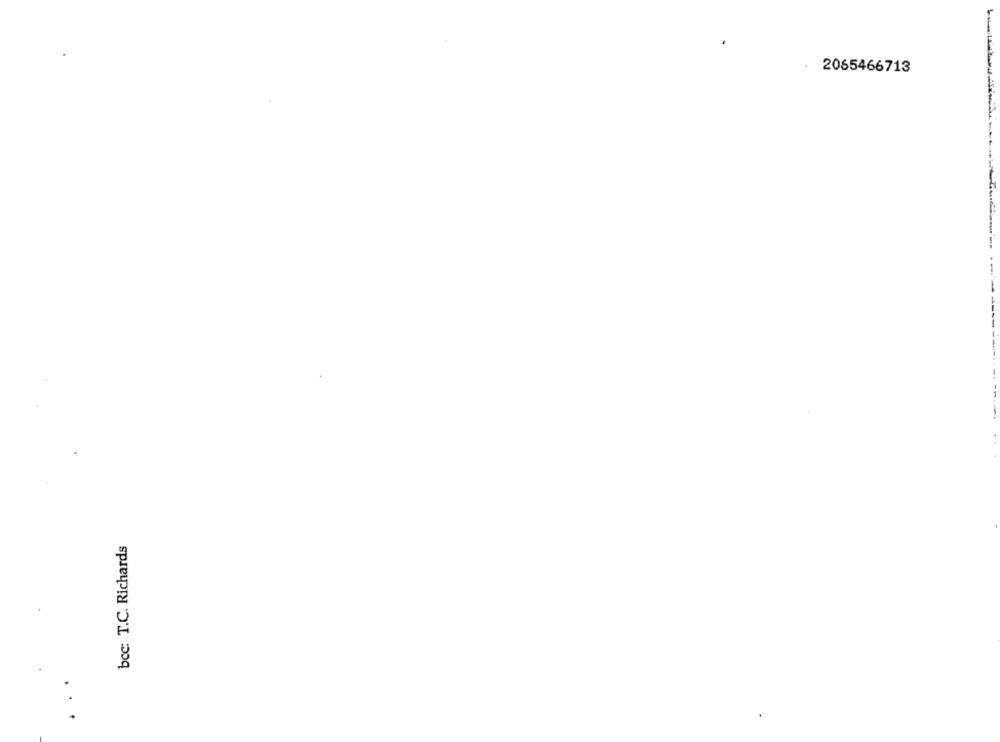
2065466713
bcc: T.C. Richards